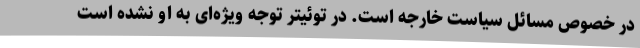
در خصوص مسائل سیاست خارجه است. در توئیتر توجه ویژه‌ای به او نشده است